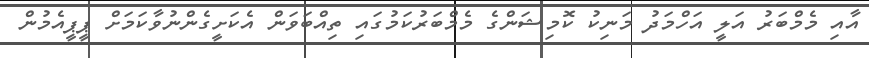
އާއި މެމްބަރު އަލީ އަހްމަދު މަނިކު ކޮމިޝަންގެ މެމްބަރުކަމުގައި ތިއްބަވަން އެކަށީގެންނުވާކަމަށް ޕީޕީއެމުން